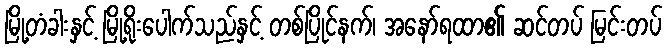
မြို့တံခါးနှင့် မြို့ရိုးပေါက်သည်နှင့် တစ်ပြိုင်နက်၊ အနော်ရထာ၏ ဆင်တပ် မြင်းတပ်